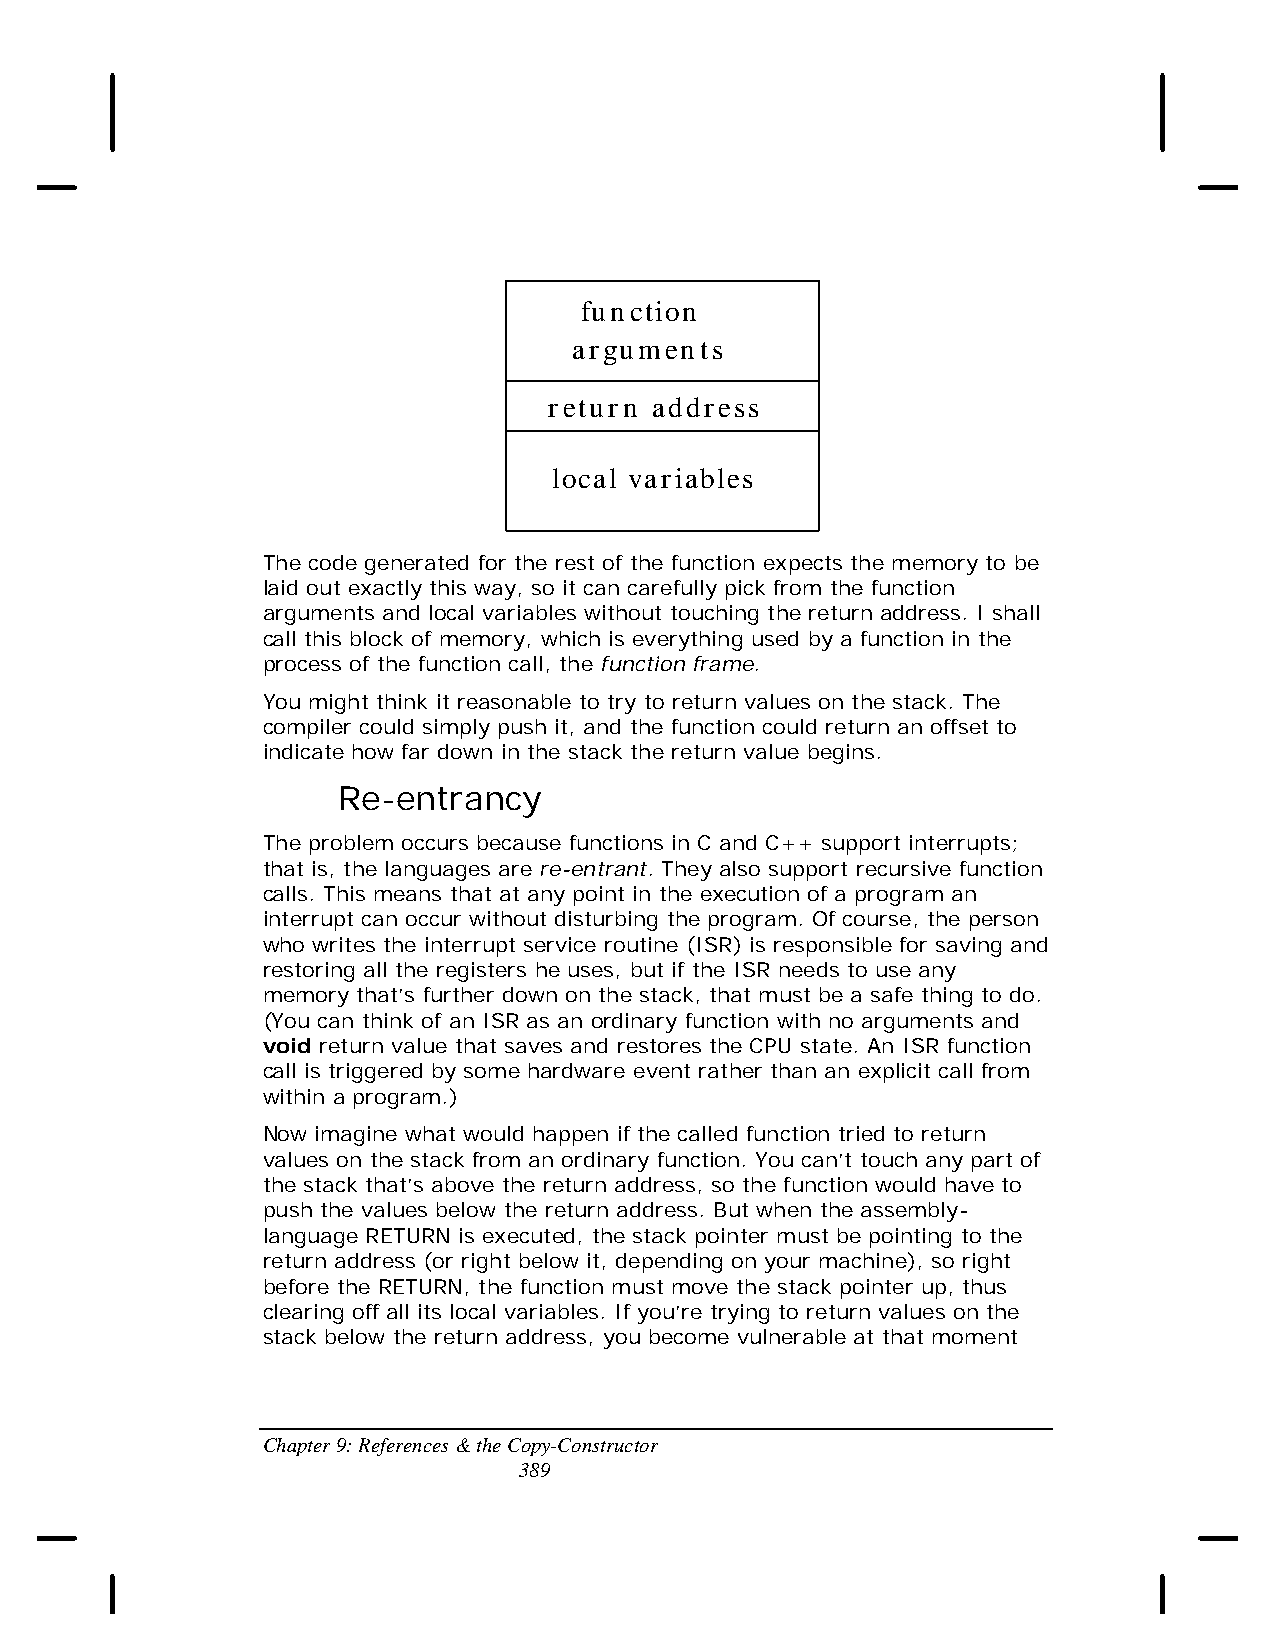
function
 arguments
 return address
 local variables
 The code generated for the rest of the function expects the memory to be
 laid out exactly this way, so it can carefully pick from the function
 arguments and local variables without touching the return address. I shall
 call this block of memory, which is everything used by a function in the
 process of the function call, the function frame.
 You might think it reasonable to try to return values on the stack. The
 compiler could simply push it, and the function could return an offset to
 indicate how far down in the stack the return value begins.
 Re-entrancy
 The problem occurs because functions in C and C++ support interrupts;
 that is, the languages are re-entrant. They also support recursive function
 calls. This means that at any point in the execution of a program an
 interrupt can occur without disturbing the program. Of course, the person
 who writes the interrupt service routine (ISR) is responsible for saving and
 restoring all the registers he uses, but if the ISR needs to use any
 memory that’s further down on the stack, that must be a safe thing to do.
 (You can think of an ISR as an ordinary function with no arguments and
 void return value that saves and restores the CPU state. An ISR function
 call is triggered by some hardware event rather than an explicit call from
 within a program.)
 Now imagine what would happen if the called function tried to return
 values on the stack from an ordinary function. You can’t touch any part of
 the stack that’s above the return address, so the function would have to
 push the values below the return address. But when the assembly-
 language RETURN is executed, the stack pointer must be pointing to the
 return address (or right below it, depending on your machine), so right
 before the RETURN, the function must move the stack pointer up, thus
 clearing off all its local variables. If you’re trying to return values on the
 stack below the return address, you become vulnerable at that moment
 Chapter 9: References & the Copy-Constructor
 389